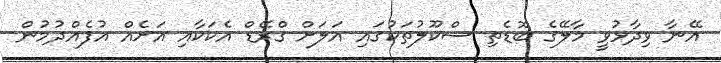
އޭނާ ވިދާޅުވީ މާލޭގެ ބޮޑެތި ސްކޫލުތަކުގައި އަލަށް ގްރޭޑް އެކަކާއި އަށެއް އުފެއްދުމުން